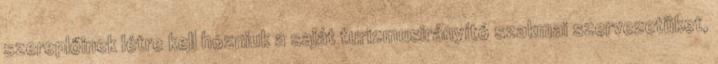
szereplőinek létre kell hozniuk a saját turizmusirányító szakmai szervezetüket,